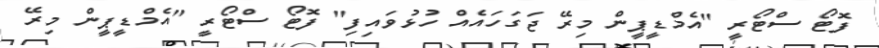
ފޮޓޯ ސްޓޯރީ "އެމްޑީޕީން މިރޭ ޖަގަހައެއް ހުޅުވައިފި" ފޮޓޯ ސްޓޯރީ "އެމްޑީޕީން މިރޭ